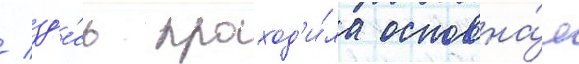
/ зд'е́сь проход'и́ла основна́я